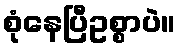
စုံနေပြီဥစ္စာပဲ။